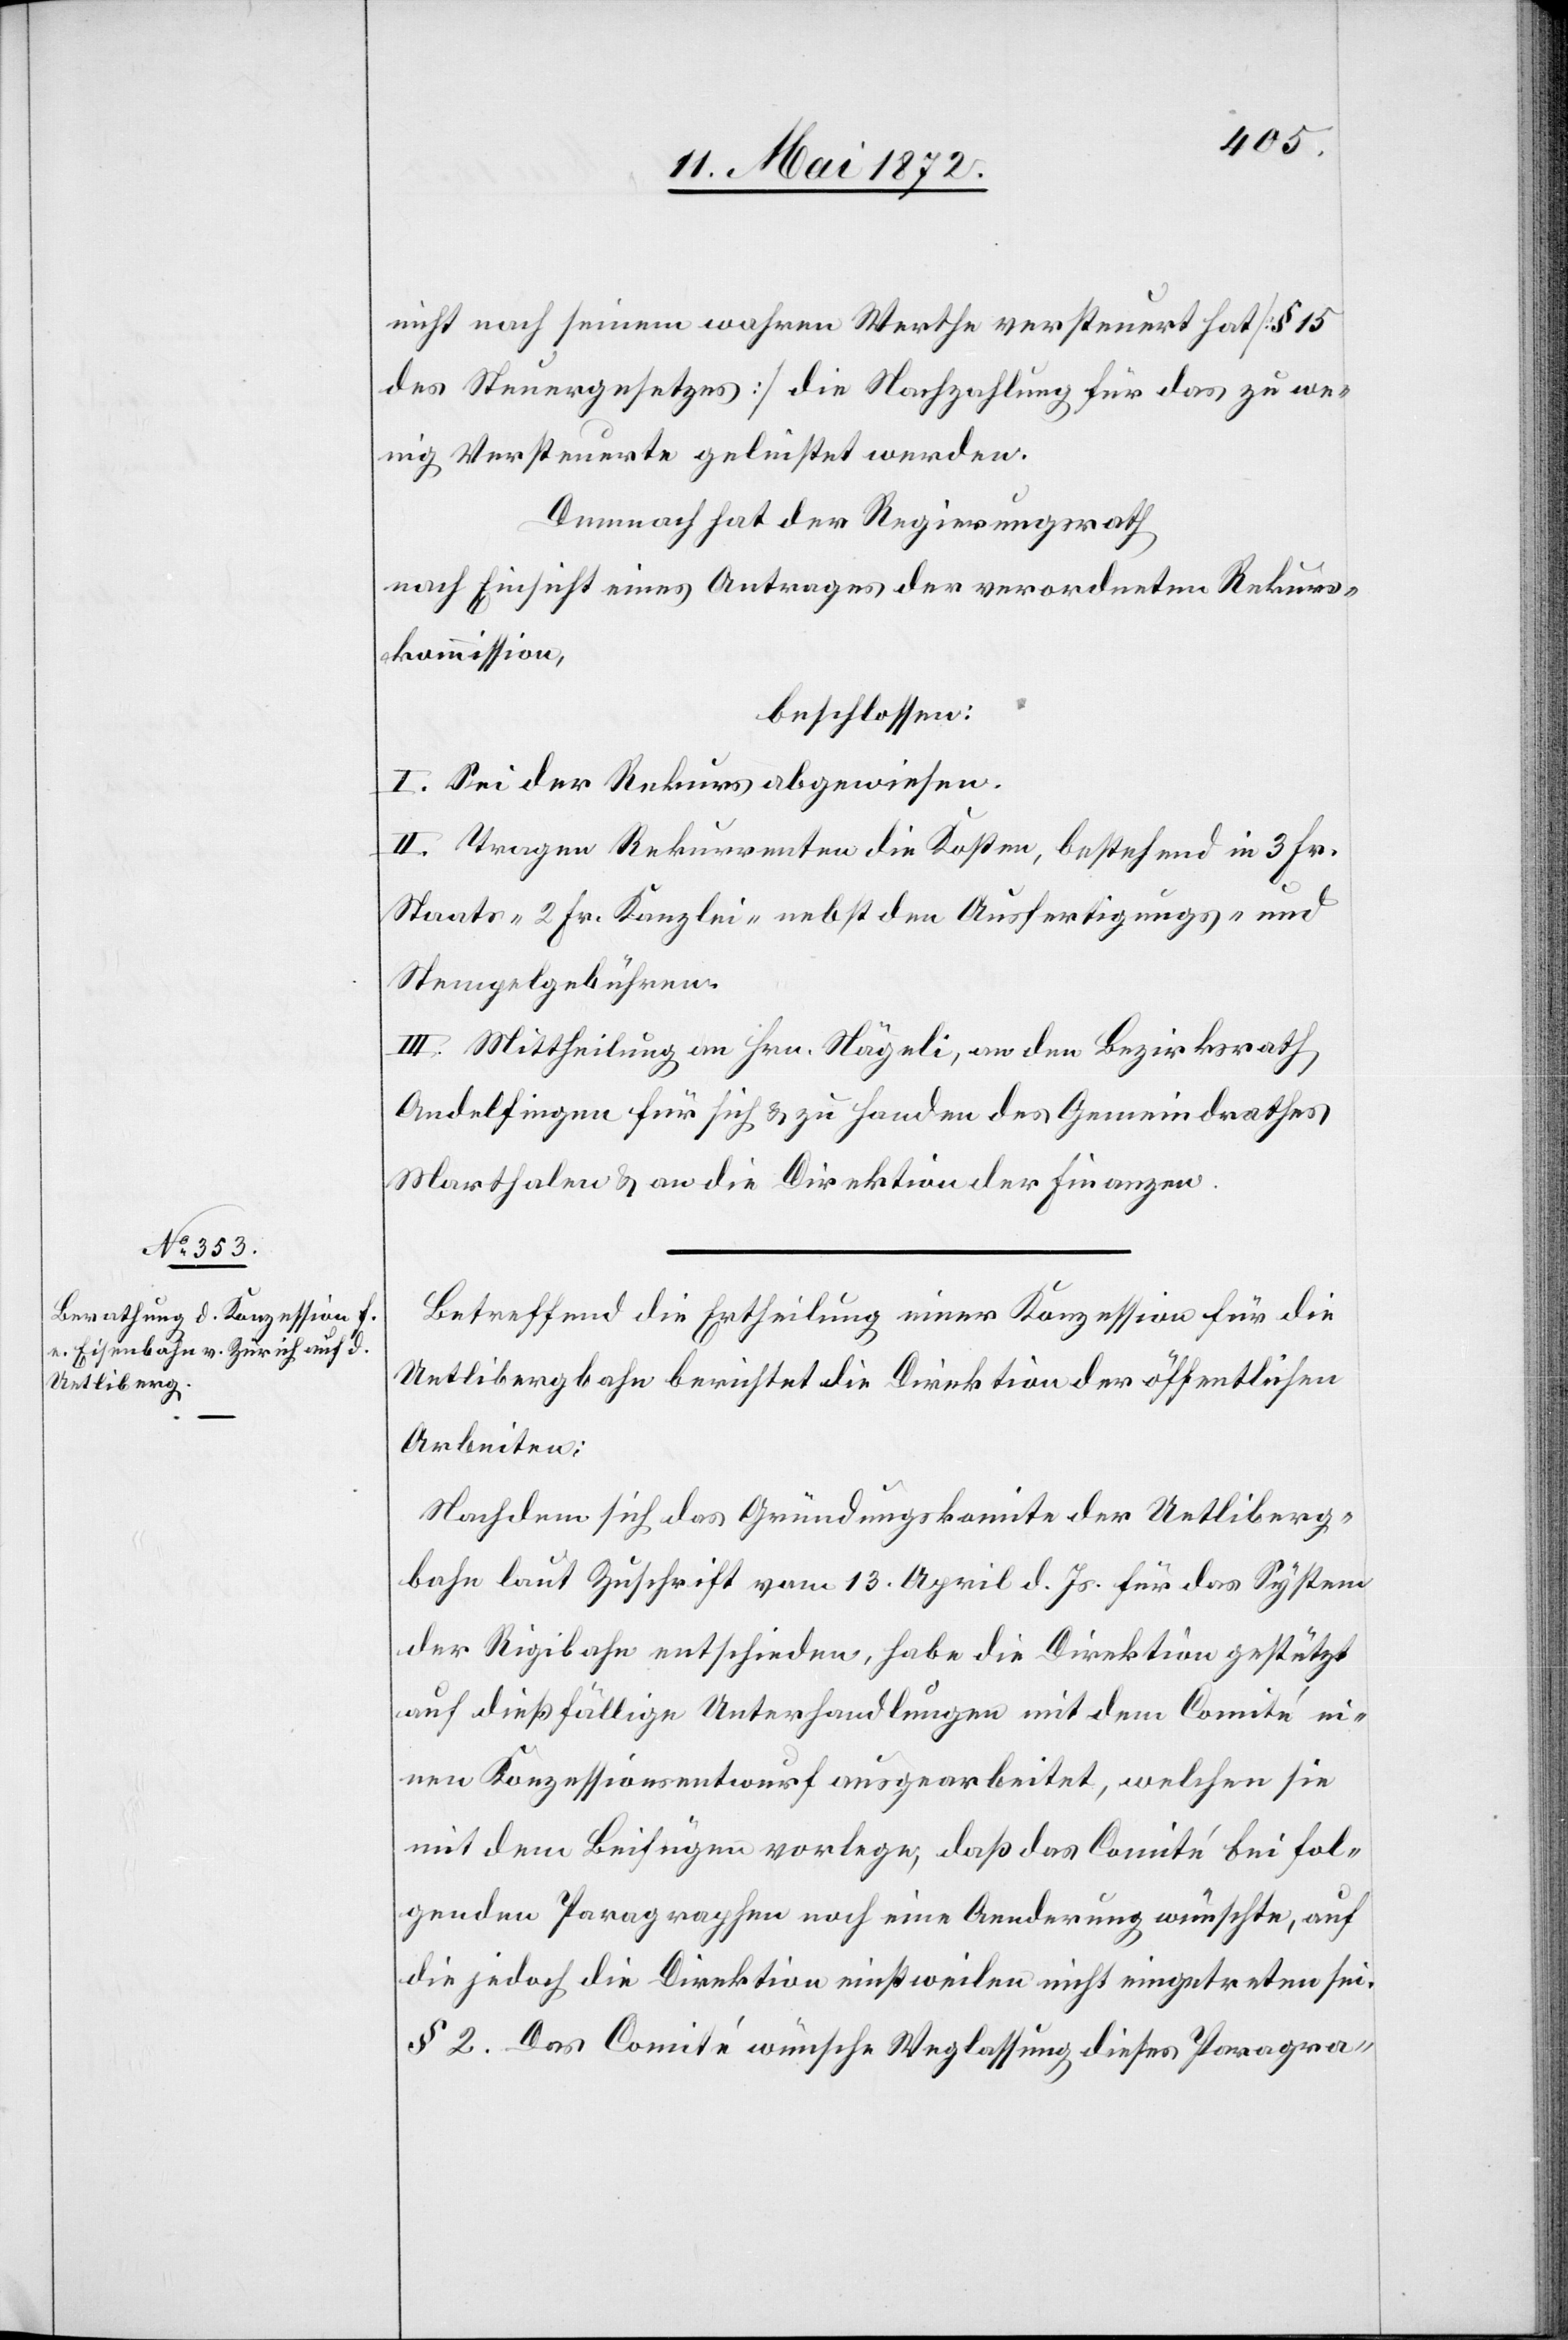
nicht nach seinem wahren Werthe versteuert hat [§ 15
des Steuergesetzes] die Nachzahlung für das zu we¬
nig Versteuerte geleistet werden.
Demnach hat der Regierungsrath
nach Einsicht eines Antrages der verordneten Rekurs¬
kommission,
beschlossen:
I. Sei der Rekurs abgewiesen.
II. Tragen Rekurrenten die Kosten, bestehend in 3 Fr.
Staats-[,] 2 Fr. Kanzlei- nebst den Ausfertigungs- und
Stempelgebühren.
III. Mittheilung an Hrn. Nägeli, an den Bezirksrath
Andelfingen für sich u. zu Handen des Gemeindrathes
Marthalen u. an die Direktion der Finanzen.
Betreffend die Ertheilung einer Konzession für die
Uetlibergbahn berichtet die Direktion der öffentlichen
Arbeiten:
Nachdem sich das Gründungskomite der Uetliberg¬
bahn laut Zuschrift vom 13. April d. Js. für das System
der Rigibahn entschieden, habe die Direktion gestützt
auf dießfällige Unterhandlungen mit dem Comité ei¬
nen Konzessionsentwurf ausgearbeitet, welchen sie
mit dem Beifügen vorlege, daß das Comité bei fol¬
genden Paragraphen noch eine Aenderung wünschte, auf
die jedoch die Direktion einstweilen nicht eingetreten sei.
§ 2. Das Comité wünsche Weglassung dieses Paragra-